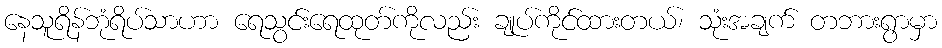
နေသူရိန်ဘုံရိပ်သာဟာ ရေသွင်းရေထုတ်ကိုလည်း ချုပ်ကိုင်ထားတယ်၊ သုံးအချက် တဘားရွာမှာ